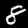
Label: 8